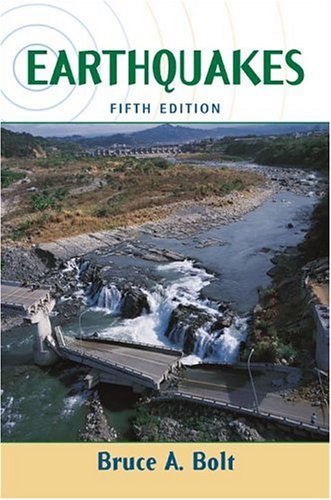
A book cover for Earthquakes, Fifth Edition; Bruce Bolt; Science & Math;